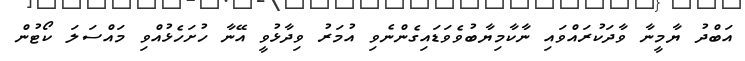
އަބްދު ޔާމީނާ ވާދަކުރައްވައި ނާކާމިޔާބުވެވަޑައިގެންނެވި އުމަރު ވިދާޅުވީ އޭނާ ހުށަހެޅުއްވި މައްސަލަ ކޯޓުން